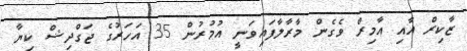
ޒާކިރް އާއި އާމިރް ވެގެން މާރާލާފައިވަނީ އުމުރުން 35 އަހަރުގެ ޖަގްދިޝް ކިޔާ